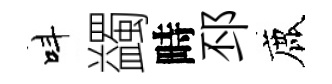
呌蠲畤邳鹿